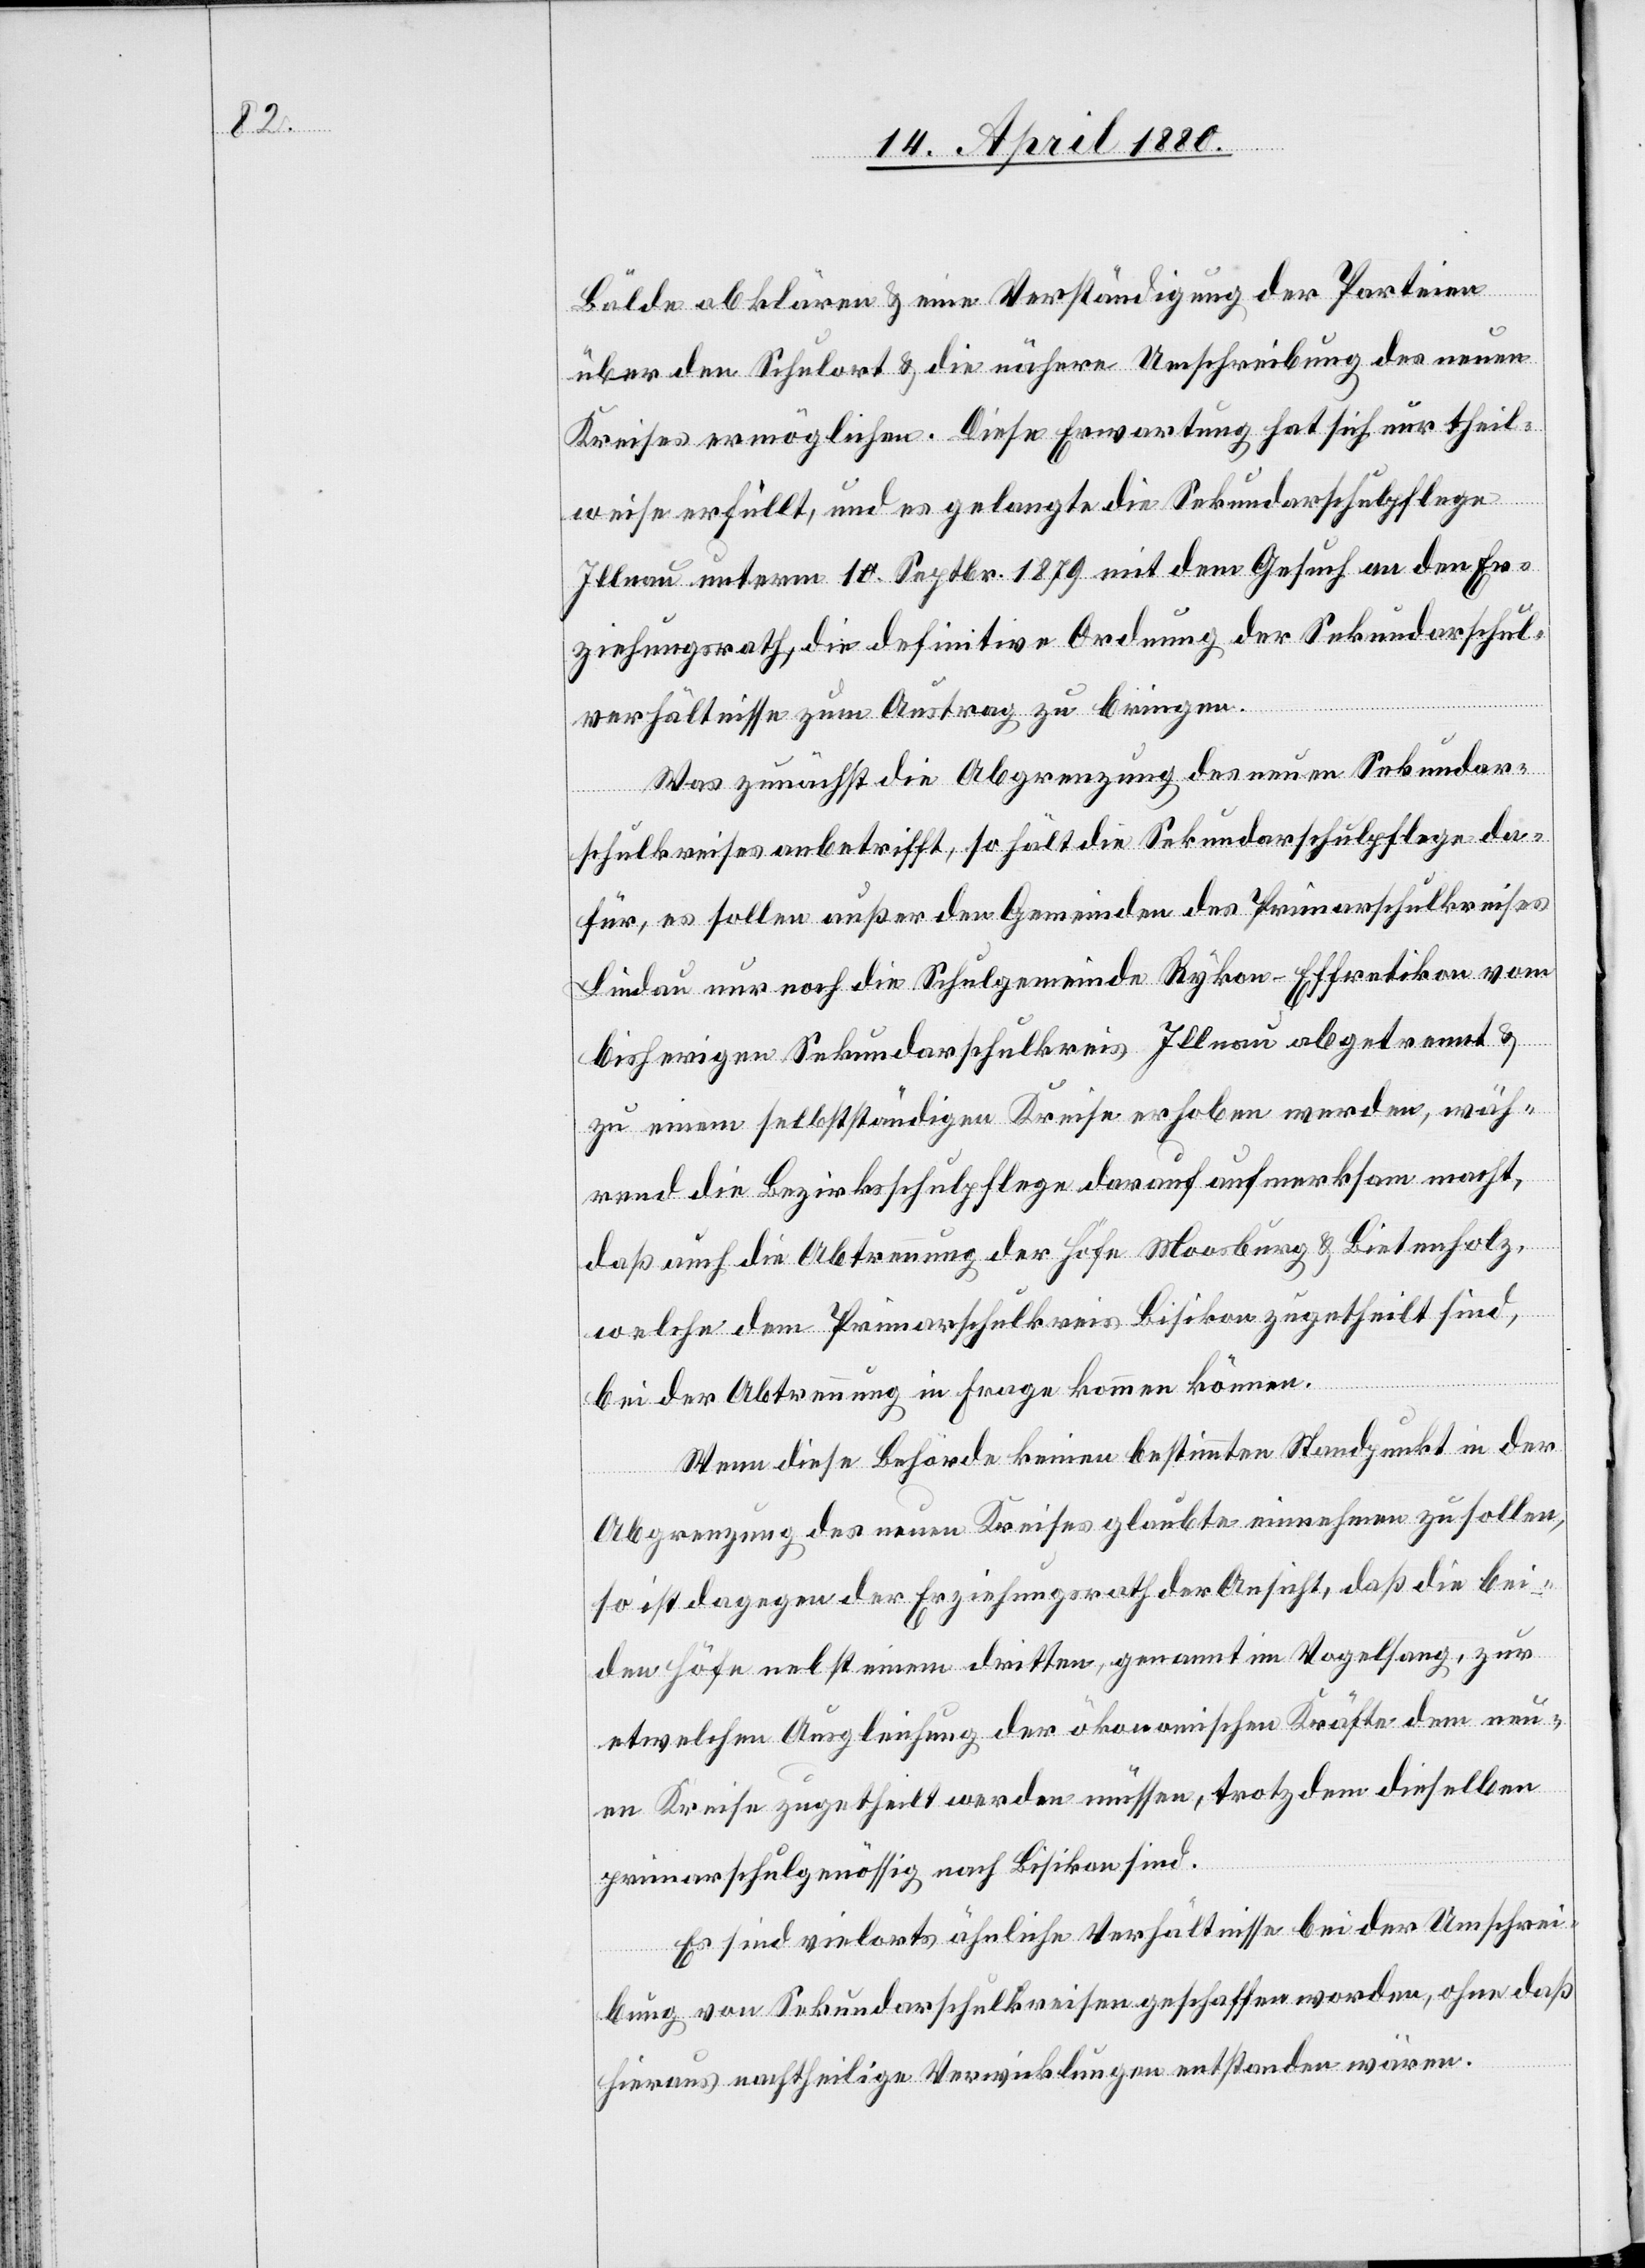
Bälde abklären & eine Verständigung der Parteien
über den Schulort & die nähere Umschreibung des neuen
Kreises ermöglichen. Diese Erwartung hat sich nur theil¬
weise erfüllt, und es gelangte die Sekundarschulpflege
Illnau unterm 10. Septbr. 1879 mit dem Gesuch an den Er¬
ziehungsrath, die definitive Ordnung der Sekundarschul¬
verhältnisse zum Austrag zu bringen.
Was zunächst die Abgrenzung des neuen Sekundar¬
schulkreises anbetrifft, so hält die Sekundarschulpflege da¬
für, es sollen außer den Gemeinden des Primarschulkreises
Lindau nur noch die Schulgemeinde Rykon-Effretikon vom
bisherigen Sekundarschulkreis Illnau abgetrennt &
zu einem selbstständigen Kreise erhoben werden, wäh¬
rend die Bezirksschulpflege darauf aufmerksam macht,
daß auch die Abtrennung der Höfe Moosburg & Bietenholz,
welche dem Primarschulkreis Bisikon zugetheilt sind,
bei der Abtrennung in Frage kommen können.
Wenn diese Behörde keinen bestimmten Standpunkt in der
Abgrenzung des neuen Kreises glaubte einnehmen zu sollen,
so ist dagegen der Erziehungsrath der Ansicht, daß die bei¬
den Höfe nebst einem dritten, genannt Vogelsang, zur
etwelchen Ausgleichung der ökonomischen Kräfte dem neu¬
en Kreise zugetheilt werden müssen, trotzdem dieselben
primarschulgenössig nach Bisikon sind.
Es sind vielorts ähnliche Verhältnisse bei der Umschrei¬
bung von Sekundarschulkreisen geschaffen worden, ohne daß
hieraus nachtheilige Verwicklungen entstanden wären.